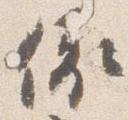
依